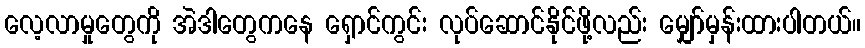
လေ့လာမှုတွေကို အဲဒါတွေကနေ ရှောင်ကွင်း လုပ်ဆောင်နိုင်ဖို့လည်း မျှော်မှန်းထားပါတယ်။